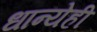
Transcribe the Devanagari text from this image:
धान्येही